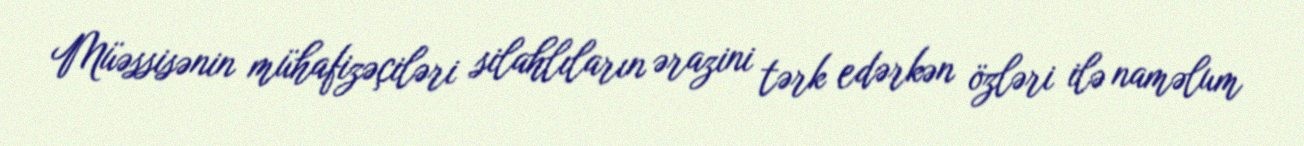
Müəssisənin mühafizəçiləri silahlıların ərazini tərk edərkən özləri ilə naməlum